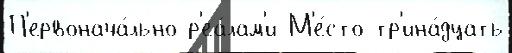
П'ервонача́льно р'еа́лам'и М'е́сто тр'ина́дцать